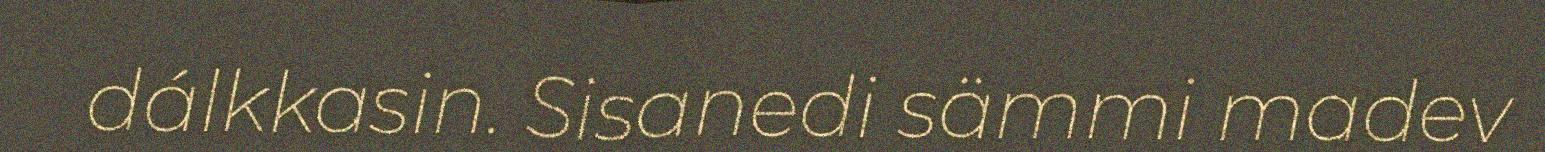
dálkkasin. Sisanedi sämmi madev